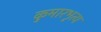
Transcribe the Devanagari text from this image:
कुमारभृत्य